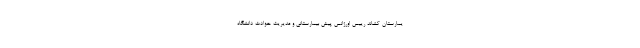
یمارستان کشاند رییس اورژانس پیش بیمارستانی و مدیریت حوادث دانشگاه